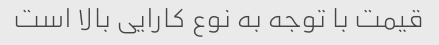
قیمت با توجه به نوع کارایی بالا است